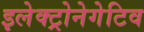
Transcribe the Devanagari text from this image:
इलेक्ट्रोनेगेटिव